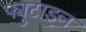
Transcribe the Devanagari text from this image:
फ्युटाइल